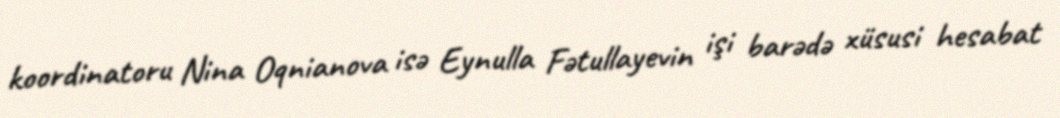
koordinatoru Nina Oqnianova isə Eynulla Fətullayevin işi barədə xüsusi hesabat